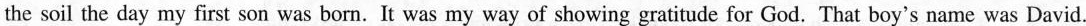
the soil the day my first son was born.It was my way of showing gratitude for God. That boy's name was David.